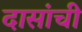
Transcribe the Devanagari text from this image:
दासांची